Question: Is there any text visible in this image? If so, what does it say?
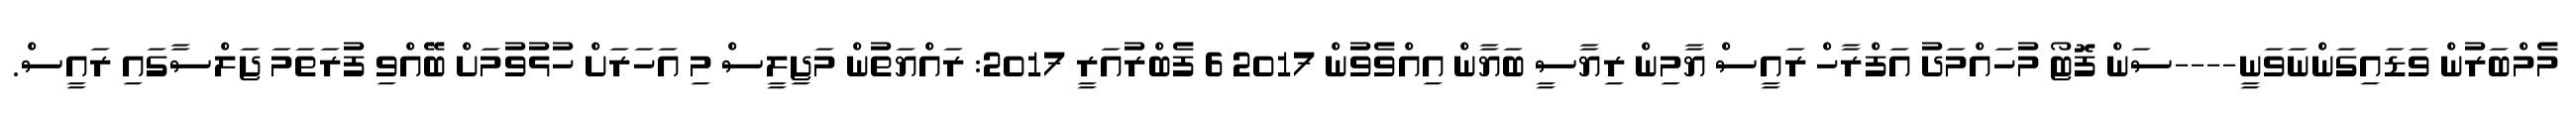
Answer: މެމްބަރުން ވަޑައިގަންނަވަނީ----ސަން ފޮޓޯ މުހައްމަދު އަފްރާހް ރައީސް ޔާމިން ރިޔާސީ ބަޔާން އިއްވެވުން 2017 6 ފެބްރުއަރީ 2017: ރައްޔަތުން މަޖިލީސް މި އަހަރަށް ހުޅުވުމަށް ބޭއްވި ފުރަތަމަ ޖަލްސާގައި ރައީސް.